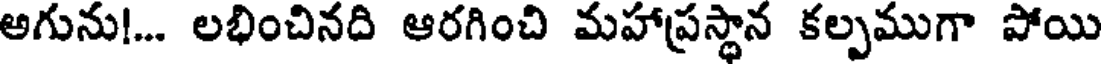
అగును!... లభించినది ఆరగించి మహాప్రస్థాన కల్పముగా పోయి